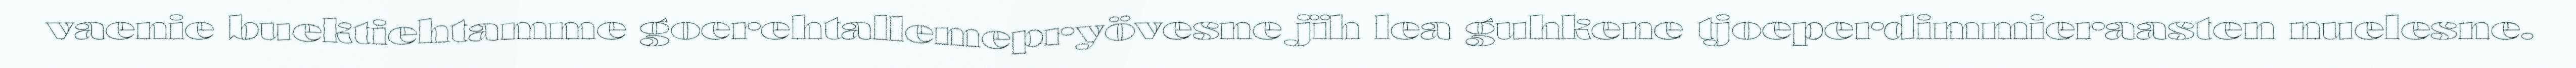
vaenie buektiehtamme goerehtallemepryövesne jïh lea guhkene tjoeperdimmieraasten nuelesne.